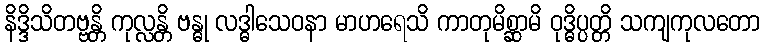
နိဒ္ဒိသိတဗ္ဗန္တိ ကုလ္လန္တိ ဗန္ဓု လဒ္ဓါသေဝနာ မာဟရေသိ ကာတုမိစ္ဆာမိ ဝုဒ္ဓိပ္ပတ္တိ သကျကုလတော